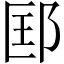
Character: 邼